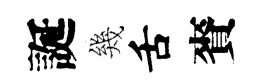
誕幾舌賚